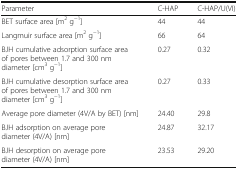
<table><thead><tr><td><b>Parameter</b></td><td><b>C-HAP</b></td><td><b>C-HAP/U(VI)</b></td></tr></thead><tbody><tr><td>BET surface area[m<sup>2</sup> g<sup>−1</sup>]</td><td>44</td><td>44</td></tr><tr><td>Langmuir surface area[m<sup>2</sup> g<sup>−1</sup>]</td><td>66</td><td>64</td></tr><tr><td>BJH cumulative adsorption surface area of pores between 1.7and 300 nm diameter[cm<sup>3</sup> g<sup>−1</sup>]</td><td>0.27</td><td>0.32</td></tr><tr><td>BJH cumulative desorption surface area of pores between 1.7and 300 nm diameter[cm<sup>3</sup> g<sup>−1</sup>]</td><td>0.27</td><td>0.33</td></tr><tr><td>Average pore diameter (4V/A by BET) [nm]</td><td>24.40</td><td>29.8</td></tr><tr><td>BJH adsorption on average pore diameter (4V/A)[nm]</td><td>24.87</td><td>32.17</td></tr><tr><td>BJH desorption on average pore diameter (4V/A)[nm]</td><td>23.53</td><td>29.20</td></tr></tbody></table>